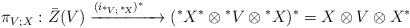
LaTeX: \begin{align*} \pi_{V; X}: \bar{Z}(V) \xrightarrow{(i_{{}^* \! V; \, {}^* \! X})^* \quad} ({}^*X^* \otimes {}^*V \otimes {}^*X)^* = X \otimes V \otimes X^*\end{align*}